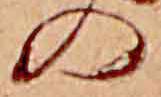
の